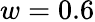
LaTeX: w=0.6